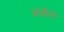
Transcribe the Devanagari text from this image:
अंभीने